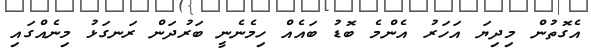
އެގޮތުން މިދިޔަ އަހަރު އެންމެ ބޮޑު ބައެއް ހިމެނެނީ ބަރުދަން ރަނގަޅު މިނެއްގައި